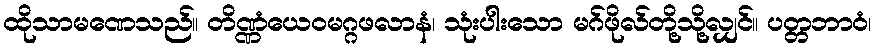
ထိုသာမဏေသည်။ တိဏ္ဏံယေဝမဂ္ဂဖလာနံ၊ သုံးပါးသော မဂ်ဖိုလ်တို့သို့လျှင်။ ပတ္တဘာဝံ၊